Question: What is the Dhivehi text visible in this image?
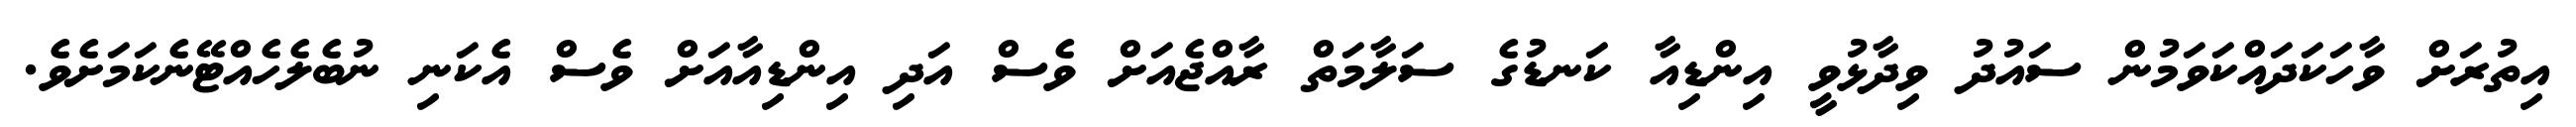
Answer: އިތުރަށް ވާހަކަދައްކަވަމުން ސައުދު ވިދާޅުވީ އިންޑިއާ ކަނޑުގެ ސަލާމަތް ރާއްޖެއަށް ވެސް އަދި އިންޑިއާއަށް ވެސް އެކަނި ނުބެލެހެއްޓޭނެކަމަށެވެ.